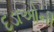
દડાઓની